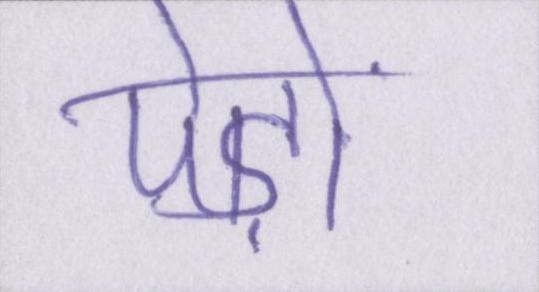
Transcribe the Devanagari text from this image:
पेड़ों